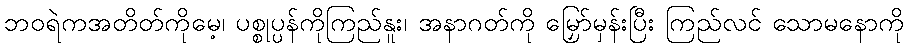
ဘဝရဲကအတိတ်ကိုမေ့၊ ပစ္စုပ္ပန်ကိုကြည်နူး၊ အနာဂတ်ကို မြှော်မှန်းပြီး ကြည်လင် သောမနောကို